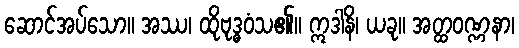
ဆောင်အပ်သော။ အဿ၊ ထိုဗုဒ္ဓဝံသ၏။ ဣဒါနိ၊ ယခု။ အတ္ထဝဏ္ဏနာ၊